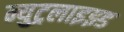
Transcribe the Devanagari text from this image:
न्युट्रलाइझ्ड